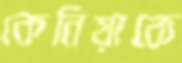
কেনিয়াকে